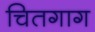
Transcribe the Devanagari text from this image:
चितगाग